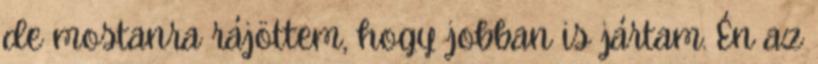
de mostanra rájöttem, hogy jobban is jártam. Én az